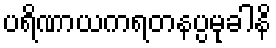
ပရိဏာယကရတနပ္ပမုခါနိ